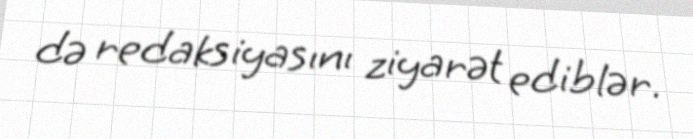
də redaksiyasını ziyarət ediblər.